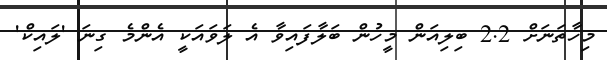
މިހާތަނަށް 2.2 ބިލިއަން މީހުން ބަލާފައިވާ އެ ލަވައަކީ އެންމެ ގިނަ 'ލައިކް'